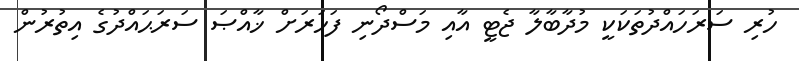
ހުރި ސަރަހައްދުތަކަކީ މުދާބާލާ ޖެޓީ އާއި މަސްދޯނި ފަހަރަށް ޚާއްޞަ ސަރަޙައްދުގެ އިތުރުން